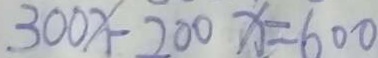
3 0 0 x - 2 0 0 x = 6 0 0